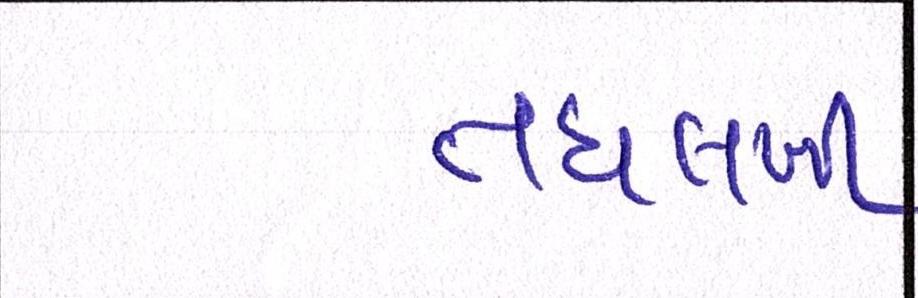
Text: તઘલખી